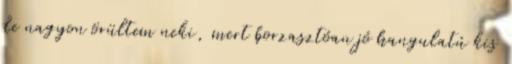
de nagyon örültem neki, mert borzasztóan jó hangulatú kis